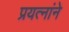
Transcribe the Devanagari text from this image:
प्रयत्नांने